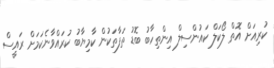
ކުރިއަށް އޮތް ލޯކަލް ކައުންސިލް އިންތިހާބު ބޮޑު ތަފާތަކުން ކާމިޔާބު ކުރައްވާނެކަމަށް ރައީސް